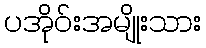
ပအိုဝ်းအမျိုးသား